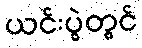
ယင်းပွဲတွင်